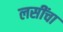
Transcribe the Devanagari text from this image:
लसींचा